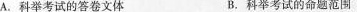
A.科举考试的答卷文体 B.科举考试的命题范围